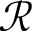
\mathcal { R }